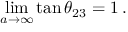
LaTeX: \operatorname * { l i m } _ { a \rightarrow \infty } \tan \theta _ { 2 3 } = 1 \, .